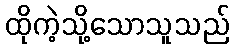
ထိုကဲ့သို့သောသူသည်